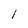
Character: 1